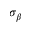
\sigma _ { \beta }